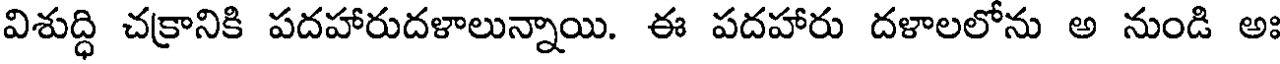
విశుద్ధి చక్రానికి పదహారుదళాలున్నాయి. ఈ పదహారు దళాలలోను అ నుండి అః